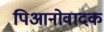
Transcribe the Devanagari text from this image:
पिआनोवादक